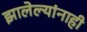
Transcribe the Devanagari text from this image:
झालेल्यांनाही